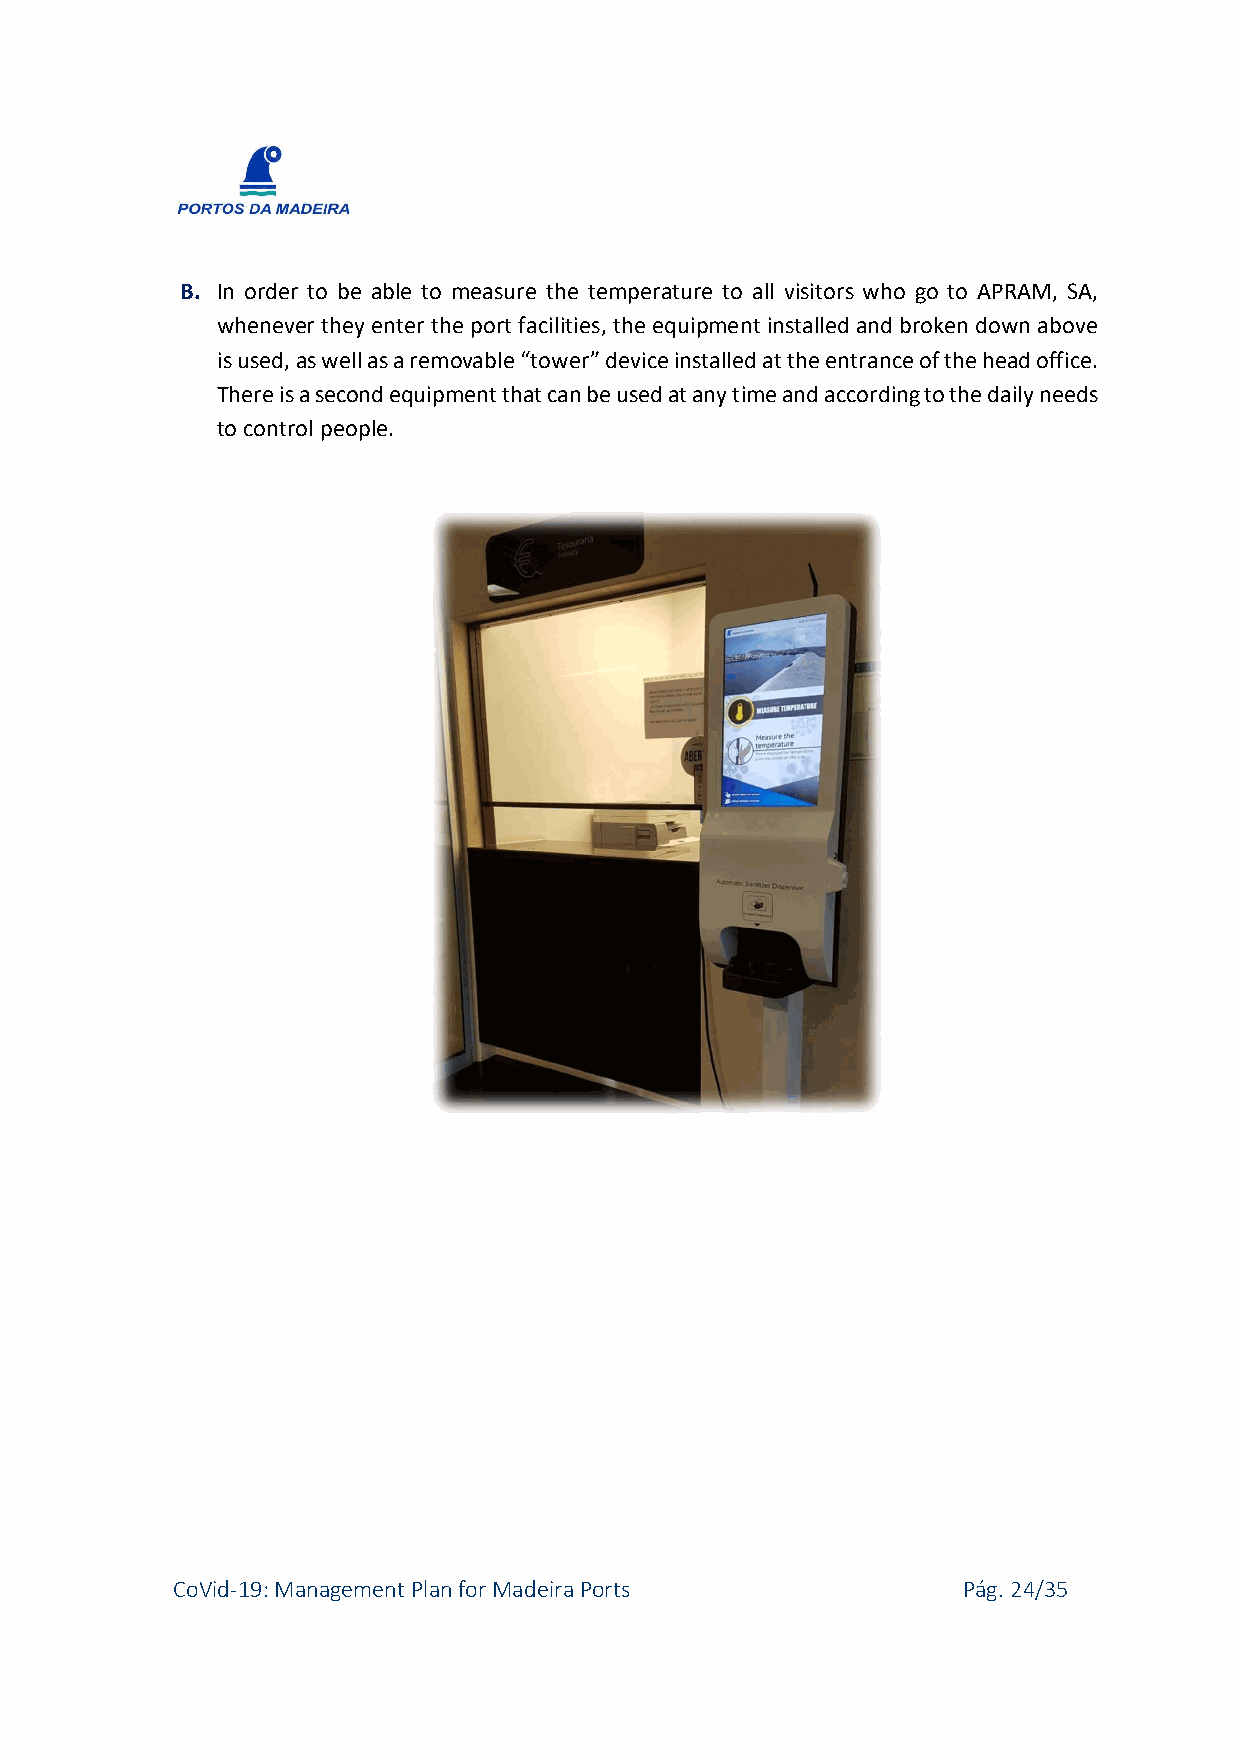
B. In order to be able to measure the temperature to all visitors who go to APRAM, SA,
 whenever they enter the port facilities, the equipment installed and broken down above
 is used, as well as a removable “tower” device installed at the entrance of the head office.
 There is a second equipment that can be used at any time and according to the daily needs
 to control people.
 CoVid-19: Management Plan for Madeira Ports          Pág. 24/35